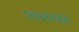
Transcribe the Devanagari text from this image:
१७अगस्त